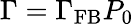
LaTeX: \Gamma=\Gamma_{\mathrm{FB}}P_{0}